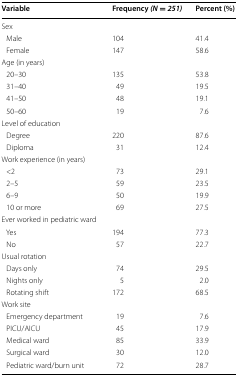
<table><thead><tr><td><b>Variable</b></td><td><b>Frequency <i>(N</i> = <i>251)</i></b></td><td><b>Percent (%)</b></td></tr></thead><tbody><tr><td colspan="3">Sex</td></tr><tr><td> Male</td><td>104</td><td>41.4</td></tr><tr><td> Female</td><td>147</td><td>58.6</td></tr><tr><td colspan="3">Age (in years)</td></tr><tr><td> 20–30</td><td>135</td><td>53.8</td></tr><tr><td> 31–40</td><td>49</td><td>19.5</td></tr><tr><td> 41–50</td><td>48</td><td>19.1</td></tr><tr><td> 50–60</td><td>19</td><td>7.6</td></tr><tr><td colspan="3">Level of education</td></tr><tr><td> Degree</td><td>220</td><td>87.6</td></tr><tr><td> Diploma</td><td>31</td><td>12.4</td></tr><tr><td colspan="3">Work experience (in years)</td></tr><tr><td> &lt;2</td><td>73</td><td>29.1</td></tr><tr><td> 2–5</td><td>59</td><td>23.5</td></tr><tr><td> 6–9</td><td>50</td><td>19.9</td></tr><tr><td> 10 or more</td><td>69</td><td>27.5</td></tr><tr><td colspan="3">Ever worked in pediatric ward</td></tr><tr><td> Yes</td><td>194</td><td>77.3</td></tr><tr><td> No</td><td>57</td><td>22.7</td></tr><tr><td colspan="3">Usual rotation</td></tr><tr><td> Days only</td><td>74</td><td>29.5</td></tr><tr><td> Nights only</td><td>5</td><td>2.0</td></tr><tr><td> Rotating shift</td><td>172</td><td>68.5</td></tr><tr><td colspan="3">Work site</td></tr><tr><td> Emergency department</td><td>19</td><td>7.6</td></tr><tr><td> PICU/AICU</td><td>45</td><td>17.9</td></tr><tr><td> Medical ward</td><td>85</td><td>33.9</td></tr><tr><td> Surgical ward</td><td>30</td><td>12.0</td></tr><tr><td> Pediatric ward/burn unit</td><td>72</td><td>28.7</td></tr></tbody></table>